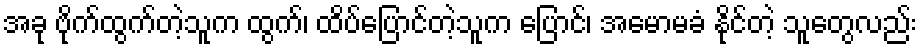
အခု ဗိုက်ထွက်တဲ့သူက ထွက်၊ ထိပ်ပြောင်တဲ့သူက ပြောင်၊ အမောမခံ နိုင်တဲ့ သူတွေလည်း